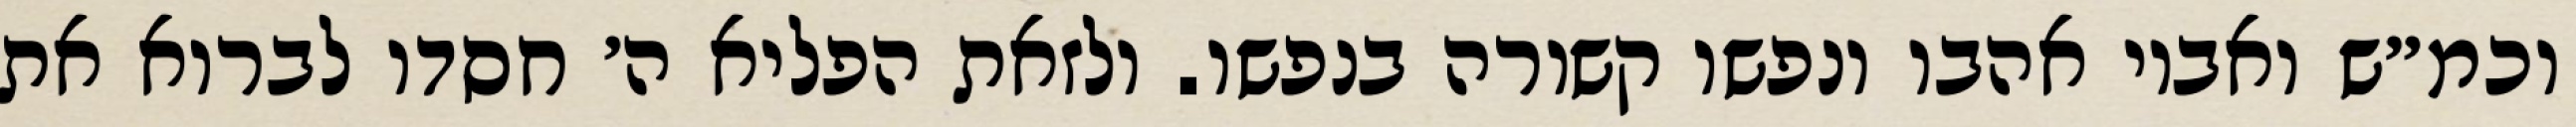
וכמ״ש ואביו אהבו ונפשו קשורה בנפשו. ולזאת הפליא ה׳ חסדו לברוא את